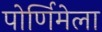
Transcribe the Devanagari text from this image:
पोर्णिमेला